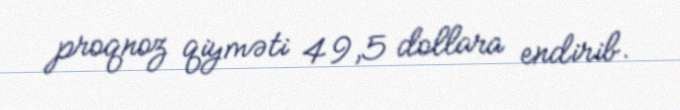
proqnoz qiyməti 49,5 dollara endirib.